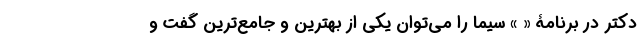
دکتر در برنامۀ « » سیما را می‌توان یکی از بهترین و جامع‌ترین گفت و